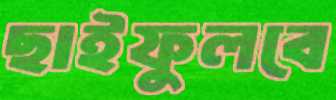
ছাইফুলবে